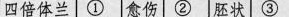
四倍体兰 ① 愈伤 ② 胚状 ③